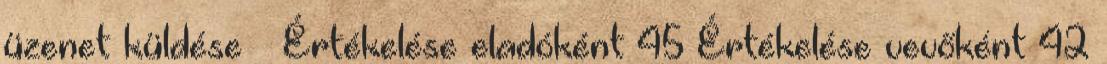
üzenet küldése » Értékelése eladóként 45 Értékelése vevőként 42